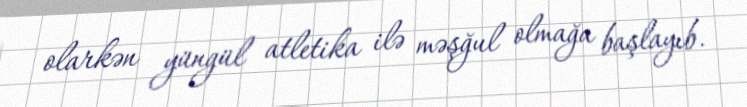
olarkən yüngül atletika ilə məşğul olmağa başlayıb.